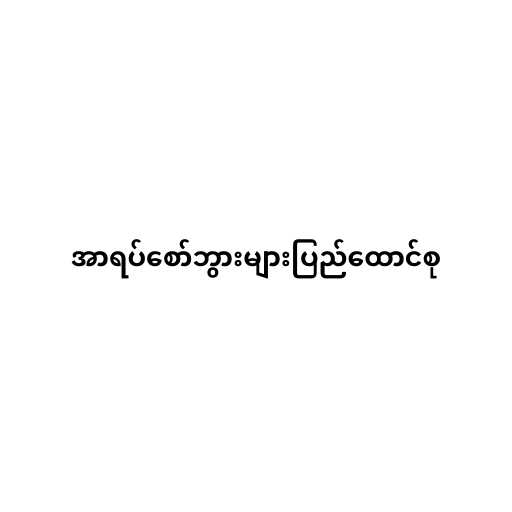
အာရပ်စော်ဘွားများပြည်ထောင်စု